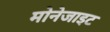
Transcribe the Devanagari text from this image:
मोनेजाइट